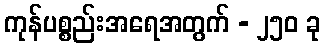
ကုန်ပစ္စည်းအရေအတွက် - ၂၅၀ ခု